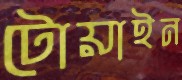
টোয়াইন